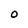
Character: O